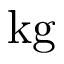
\mathrm { k g }